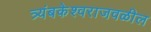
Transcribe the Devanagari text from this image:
त्र्यंबकेश्वराजवळील